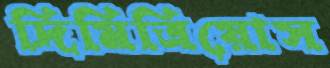
দিমিত্রিয়োস